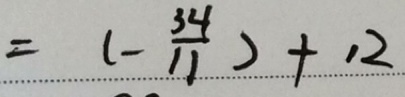
= ( - \frac { 3 4 } { 1 1 } ) + 1 2